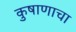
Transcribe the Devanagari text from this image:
कुषाणाचा